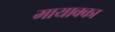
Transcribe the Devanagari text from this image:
मायाक्का